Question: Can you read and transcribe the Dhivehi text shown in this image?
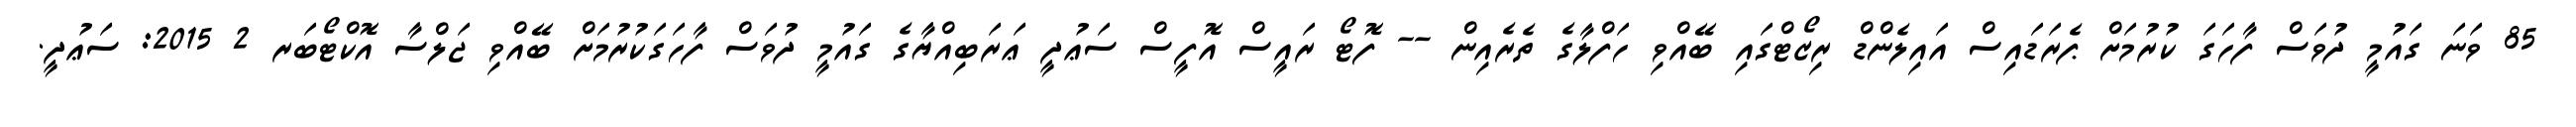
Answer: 85 ވަނަ ގައުމީ ދުވަސް ފާހަގަ ކުރުމަށް ޕެރަޑައިސް އައިލެންޑް ރިޒޯޓްގައި ބޭއްވި ހަފްލާގެ ތެރެއިން -- ފޮޓޯ ރައީސް އޮފީސް ސަޢުދީ ޢަރަބިއްޔާގެ ގައުމީ ދުވަސް ފާހަގަކުރުމަށް ބޭއްވި ޖަލްސާ އޮކްޓޯބަރ 2 2015: ސަޢުދީ.